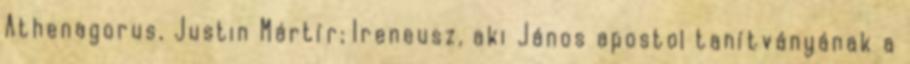
Athenagorus, Justin Mártír; Ireneusz, aki János apostol tanítványának a